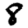
Digit: 8